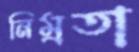
নিম্রতা